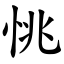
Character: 恌